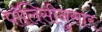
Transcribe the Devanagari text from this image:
पॉलिसीनुसार